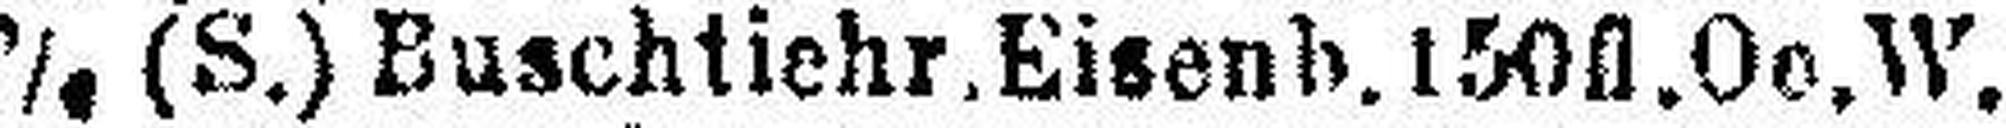
5% (S.) Buschtiehr. Eisenb. 150 fl. Oe. W.